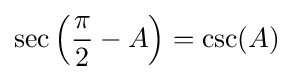
\sec \left({\frac {\pi }{2}}-A\right)=\csc(A)